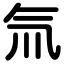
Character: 氚